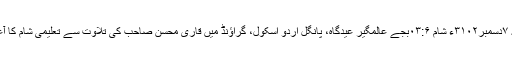
مورخہ ۷دسمبر۳۱۰۲ء شام ۰۳:۶بجے عالمگیر عیدگاہ، پانگل اُردو اسکول، گراؤنڈ میں قاری محسن صاحب کی تلاوت سے تعلیمی شام کا آغاز ہوا۔